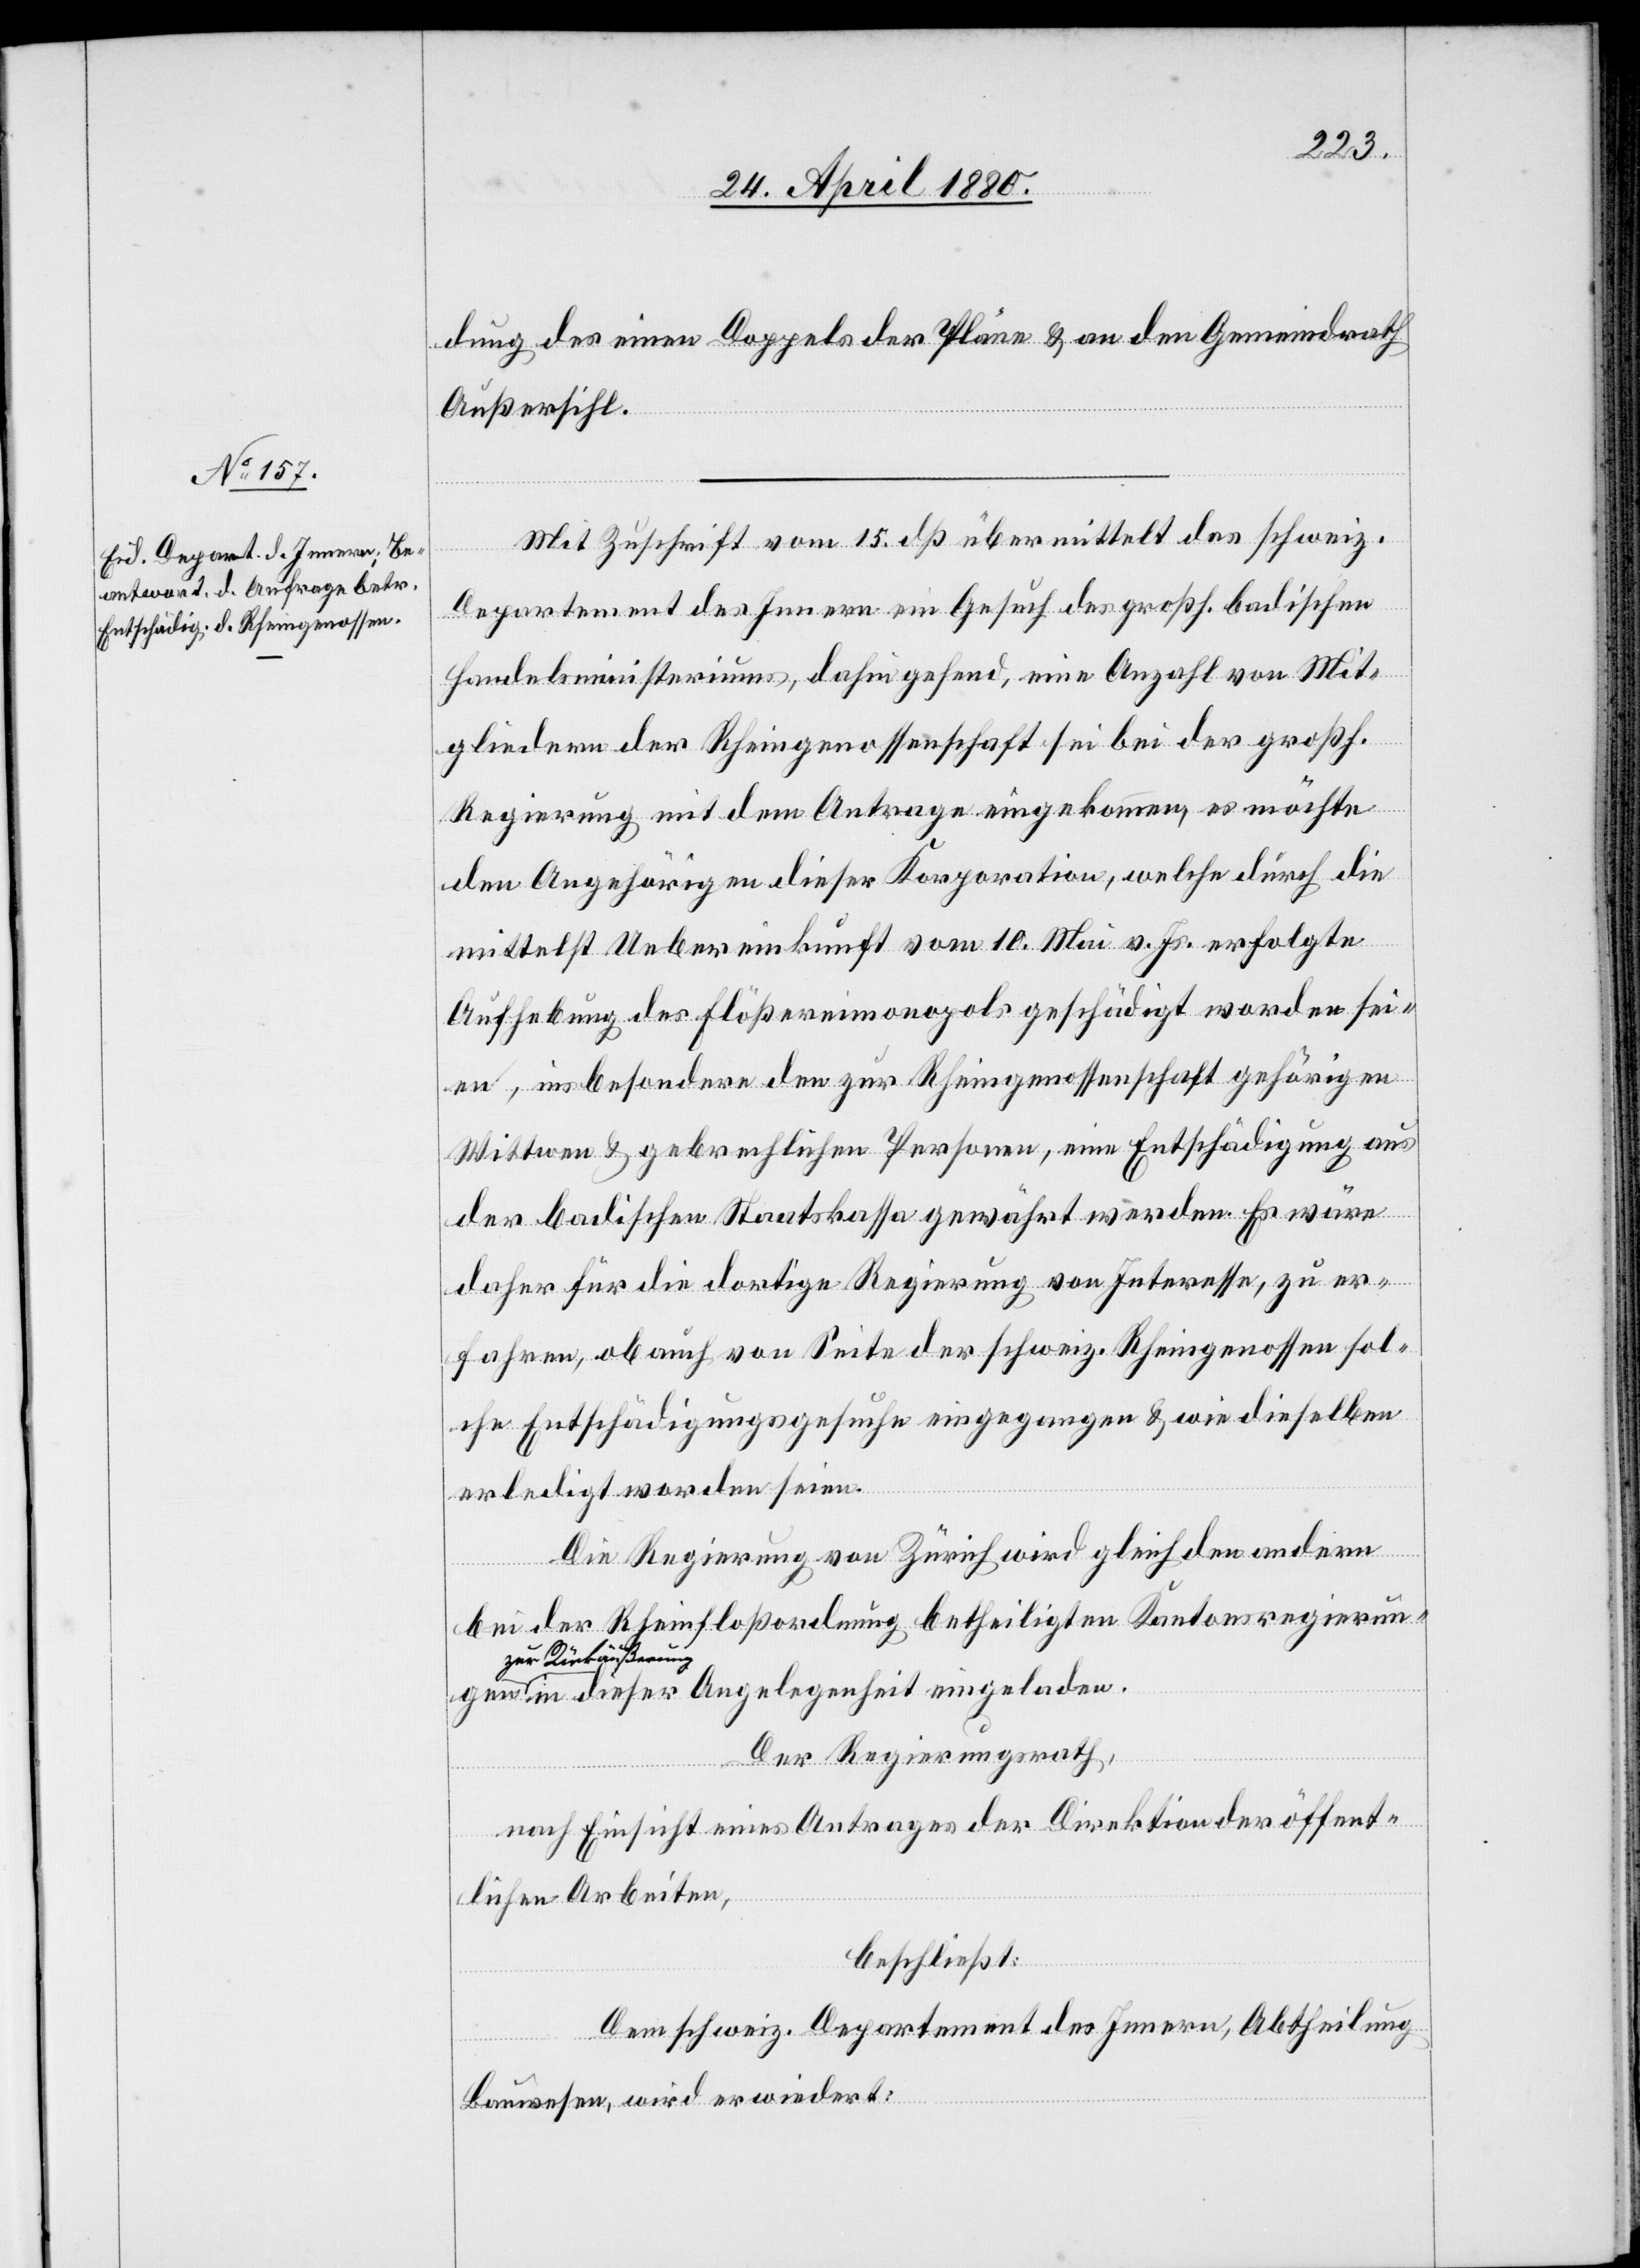
dung des einen Doppels der Pläne & an den Gemeindrath
Außersihl.
Mit Zuschrift vom 15. dß übermittelt das schweiz.
Departement des Inneren ein Gesuch des großh. badischen
Handelsministeriums, dahin gehend, eine Anzahl von Mit¬
gliedern der Rheingenossenschaft sei bei der großh.
Regierung mit dem Antrage eingekommen, es möchte
den Angehörigen dieser Korporation, welche durch die
Aufhebung des Flößereimonopols geschädigt worden sei¬
en, insbesondere den zur Rheingenossenschaft gehörigen
Wittwen & gebrechlichen Personen, eine Entschädigung aus
der badischen Staatskassa gewährt werden. Es wäre
daher für die dortige Regierung von Interesse, zu er¬
fahren, ob auch von Seite der schweiz. Rheingenossen sol¬
che Entschädigungsgesuche eingegangen & wie dieselben
gen
erledigt worden seien.
Die Regierung von Zürich wird gleich den andern
bei der Rheinfloßordnung betheiligten Kantonsregierun¬
zur Rückäußerun¬
g in dieser Angelegenheit eingeladen.
Der Regierungsrath,
nach Einsicht eines Antrages der Direktion der öffent¬
lichen Arbeiten,
beschließt:
Dem schweiz. Departement des Innern, Abtheilung
Bauwesen, wird erwiedert: